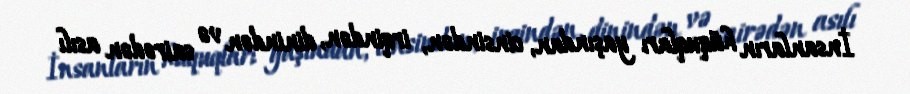
İnsanların hüquqları yaşından, cinsindən, irqindən, dinindən və sairədən asılı